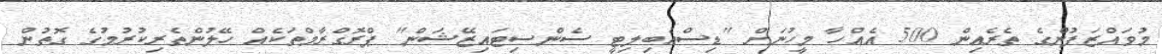
މުވައްޒަފުންގެ ތެރެއިން 500 އެއްހާ މީހުނަށް "ޑިސްއެބިލިޓީ ސެންސިޓައިޒޭޝަން" ޕްރޮގްރާމްތަކެއް ހޭލުންތެރިކުރުމުގެ ގޮތުން